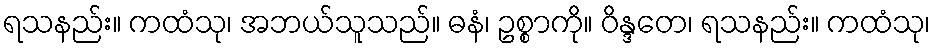
ရသနည်း။ ကထံသု၊ အဘယ်သူသည်။ ဓနံ၊ ဥစ္စာကို။ ဝိန္ဒတေ၊ ရသနည်း။ ကထံသု၊